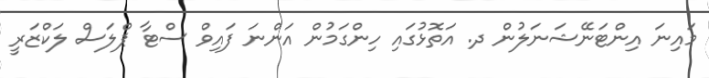
މައިނަ އިންޓަނޭޝަނަލުން ދ. އަތޮޅުގައި ހިންގަމުން އަންނަ ފައިވް ސްޓާ ޕްލަސް ލަކްޒަރީ